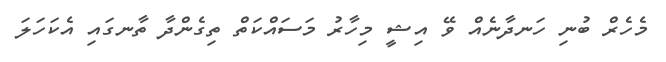
މެހެރް ބުނި ހަނދާނެއް ވޭ އިޝީ މިހާރު މަސައްކަތް ތިގެންދާ ތާނގައި އެކަހަލަ